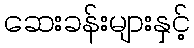
ဆေးခန်းများနှင့်